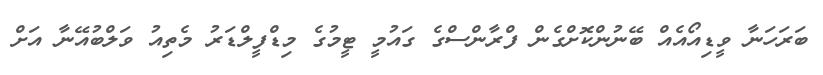
ބަރަހަނާ ވީޑިއޯއެއް ބޭނުންކޮށްގެން ފްރާންސްގެ ގައުމީ ޓީމުގެ މިޑްފީލްޑަރު މެތިއު ވަލްބުއޭނާ އަށް